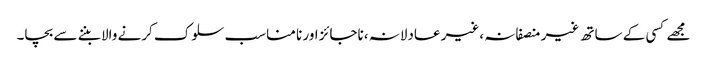
مجھے کسی کے ساتھ غیر منصفانہ ،غیر عادلانہ ،ناجائز اور نا مناسب سلوک کرنے والا بننے سے بچا۔